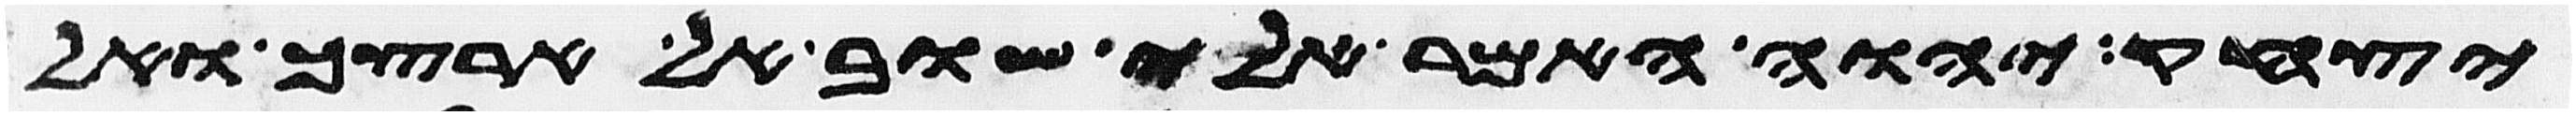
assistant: יצחק יהוה אמר אלי שוב אל ארצך ואל